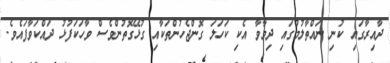
ދާއިރާގައި ކުނި ނައްތާލުމުގައި ދިމާވާ އެކި ކަހަލަ ގޮންޖެހުންތަކާއި ގުޅޭގޮތުންވެސް ވާހަކަފުޅު ދައްކަވާފައެވެ.